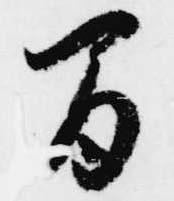
間